Etiology and epidemiology of plague
Disease focus: Plague
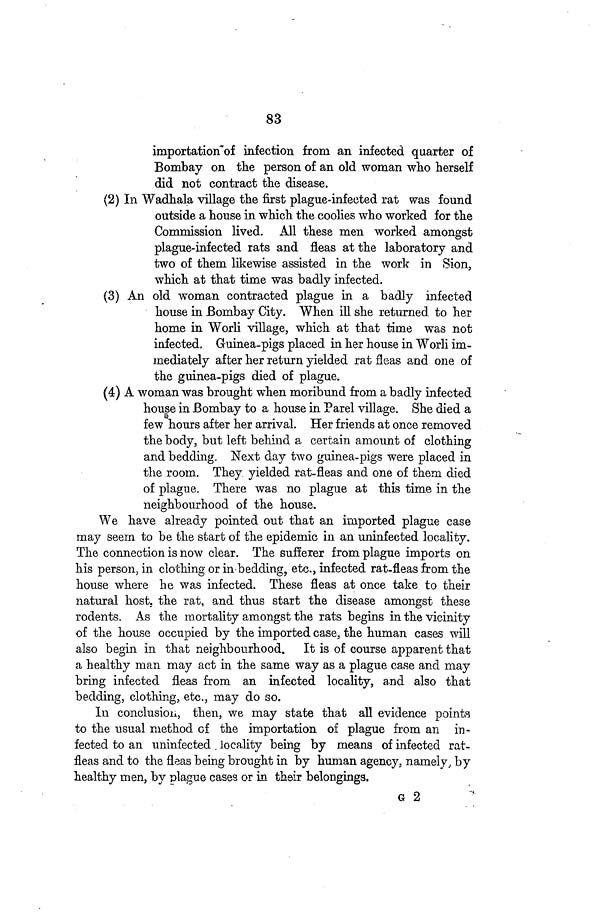
83
importation of infection from an infected quarter of
Bombay on the person of an old woman who herself
did not contract the disease.
(2) In Wadhala village the first plague-infected rat was found
outside a house in which the coolies who worked for the
Commission lived. All these men worked amongst
plague-infected rats and fleas at the laboratory and
two of them likewise assisted in the work in Sion,
which at that time was badly infected.
(3) An old woman contracted plague in a badly infected
house in Bombay City. When ill she returned to her
home in Worli village, which at that time was not
infected, Guinea-pigs placed in her house in Worli im-
mediately after her return yielded rat fleas and one of
the guinea-pigs died of plague.
(4) A woman was brought when moribund from a badly infected
house in Bombay to a house in Parel village. She died a
few hours after her arrival. Her friends at once removed
the body, but left behind a certain amount of clothing
and bedding. Next day two guinea-pigs were placed in
the room. They yielded rat-fleas and one of them died
of plague. There was no plague at this time in the
neighbourhood of the house.
We have already pointed out that an imported plague case
may seern to be the start of the epidemic in an uninfected locality.
The connection is now clear. The sufferer from plague imports on
his person, in clothing or in bedding, etc., infected rat-fleas from the
house where he was infected. These fleas at once take to their
natural host, the rat, and thus start the disease amongst these
rodents. As the mortality amongst the rats begins in the vicinity
of the house occupied by the imported case, the human cases will
also begin in that neighbourhood. It is of course apparent that
a healthy man may act in the same way as a plague case and may
bring infected fleas from an infected locality, and also that
bedding, clothing, etc., may do so.
In conclusion, then, we may state that all evidence points
to the usual method of the importation of plague from an in-
fected to an uninfected locality being by means of infected rat-
fleas and to the fleas being brought in by human agency, namely, by
healthy men, by plague cases or in their belongings.
G 2